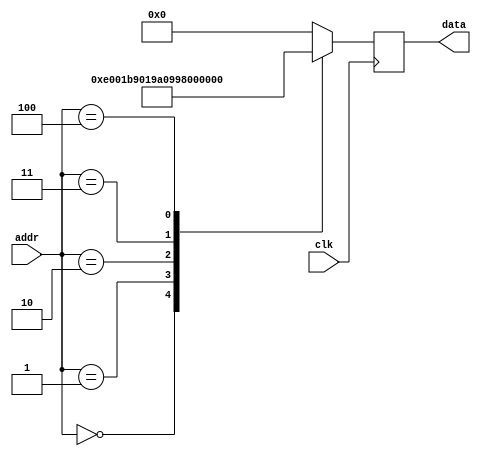
module rom #(
        parameter   DATA_WIDTH = 16,
        parameter   ADDR_WIDTH = 8          // 2 * 1024 bytes of ROM
    )(
        input  wire                  clk,
        input  wire [ADDR_WIDTH-1:0] addr,  // here comes the program counter
        output  reg [DATA_WIDTH-1:0] data   // here goes the instruction
    );

    reg [DATA_WIDTH-1:0] value;

    always @* begin
        case (addr)
				/* DO NOT CHANGE THIS for task 1 and 2*/
				/*	 ldi 	r16, 1 		*/
				0:		value = 16'b1110000000000001;
				/*	 out 	0x01, r16 		*/
				1:		value = 16'b1011100100000001;
				/*	 sbi 	0x01, 1 		*/
				2:		value = 16'b1001101000001001;
				/*	 cbi 	0x01, 0 		*/
				3:		value = 16'b1001100000001000;
				/*	 in 	r17, 0x01 		*/
				4:		value = 16'b1011000100010001;
				default:		value = 16'b0000000000000000;
        endcase
    end

    always @(negedge clk) begin
        data <= value;
    end

endmodule